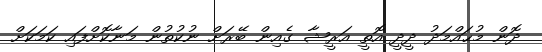
ދޮން މުޙައްމަދު ދީދީ އޮތީ އަރީޝާ ގެއިން ބޭރަށް ނުކުތުން މަނާކޮށްފައި ކަމަކަށް